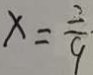
x = \frac { 2 } { 9 }